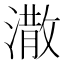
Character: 潵